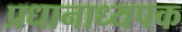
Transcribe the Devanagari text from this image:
प्रधानाध्यपक